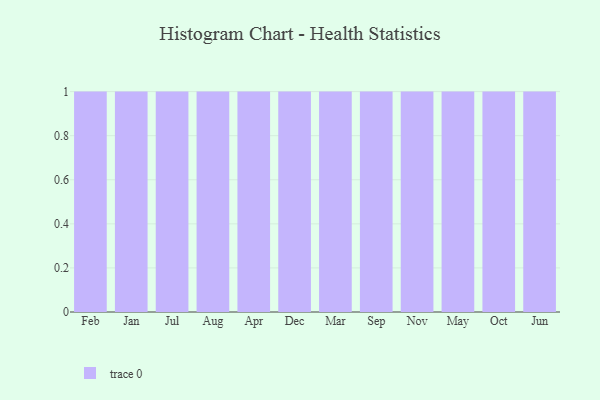
{"axis": {"x": "Month", "y": "Headcount"}, "legend": [""], "data": [{"x": "Feb", "y": 8, "type": ""}, {"x": "Jan", "y": 47, "type": ""}, {"x": "Jul", "y": 50, "type": ""}, {"x": "Aug", "y": 12, "type": ""}, {"x": "Apr", "y": 58, "type": ""}, {"x": "Dec", "y": 75, "type": ""}, {"x": "Mar", "y": 100, "type": ""}, {"x": "Sep", "y": 91, "type": ""}, {"x": "Nov", "y": 45, "type": ""}, {"x": "May", "y": 4, "type": ""}, {"x": "Oct", "y": 34, "type": ""}, {"x": "Jun", "y": 34, "type": ""}]}